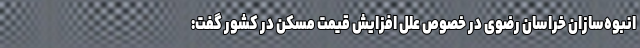
انبوه‌سازان خراسان رضوی در خصوص علل افزایش قیمت مسکن در کشور گفت: